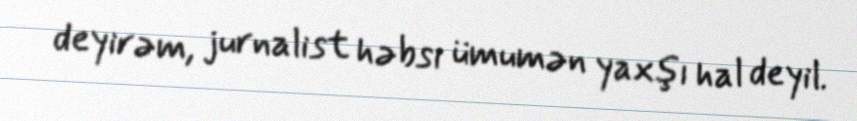
deyirəm, jurnalist həbsi ümumən yaxşı hal deyil.